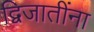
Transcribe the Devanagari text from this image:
द्विजातींना